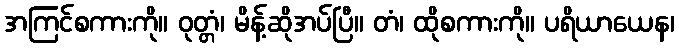
အကြင်စကားကို။ ဝုတ္တံ၊ မိန့်ဆိုအပ်ပြီ။ တံ၊ ထိုစကားကို။ ပရိယာယေန၊